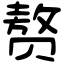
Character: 赘